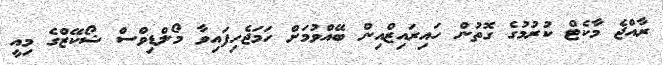
ރާއްޖެ މާކެޓް ކުރުމުގެ ގޮތުން ހައިރައިޒްއިން ބޭއްވުމަށް ހަމަޖެހިފައިވާ މޯލްޑިވްސް ޝޯކޭޒްގެ މިއީ